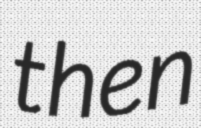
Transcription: then